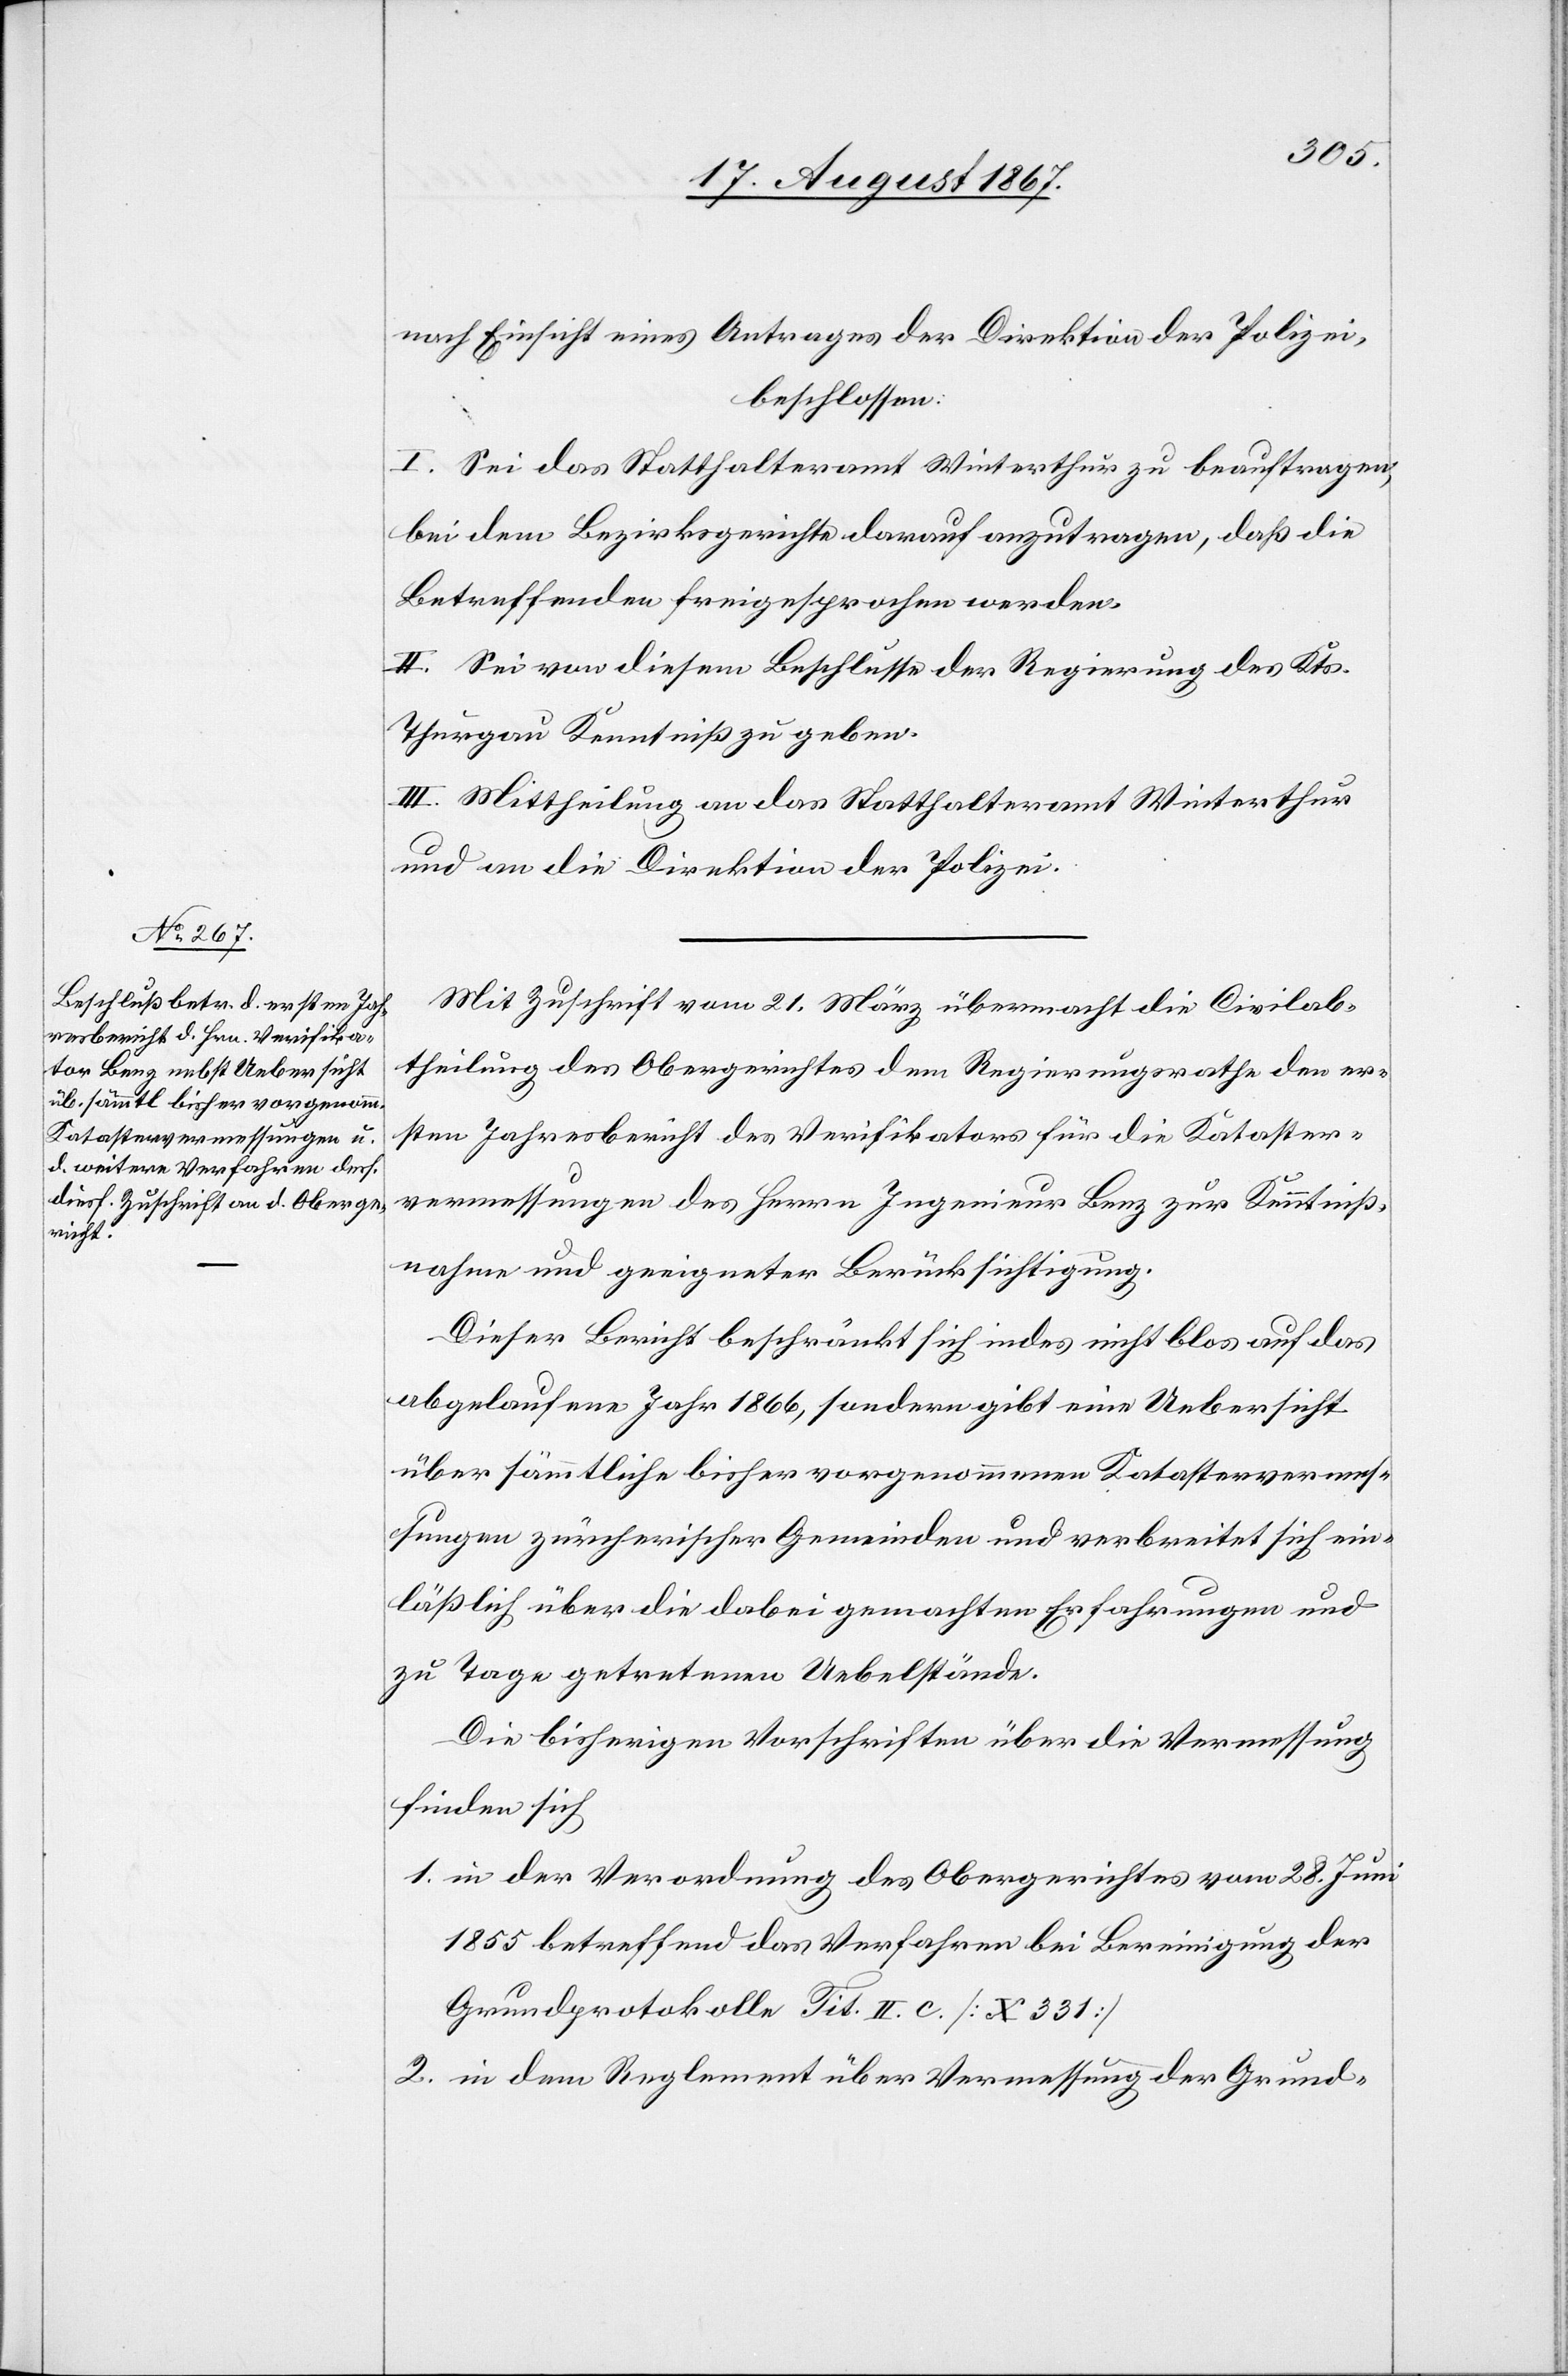
nach Einsicht eines Antrages der Direktion der Polizei,
beschlossen:
I. Sei das Statthalteramt Winterthur zu beauftragen,
bei dem Bezirksgerichte darauf anzutragen, daß die
Betreffenden freigesprochen werden.
II. Sei von diesem Beschlusse der Regierung des Kts.
Thurgau Kenntniß zu geben.
III. Mittheilung an das Statthalteramt Winterthur
und an die Direktion der Polizei.
Mit Zuschrift vom 21. März übermacht die Civilab¬
theilung des Obergerichtes dem Regierungsrathe den er¬
sten Jahresbericht des Verifikators für die Kataster¬
vermessungen des Herrn Ingenieur Benz zur Kenntniß¬
nahme und geeigneter Berücksichtigung.
Dieser Bericht beschränkt sich indes nicht blos auf das
abgelaufene Jahr 1866, sondern gibt eine Uebersicht
über sämmtliche bisher vorgenommenen Katastervermes¬
sungen zürcherischer Gemeinden und verbreitet sich ein¬
läßlich über die dabei gemachten Erfahrungen und
zu Tage getretenen Uebelstände.
Die bisherigen Vorschriften über die Vermessung
finden sich
1. in der Verordnung des Obergerichtes vom 28. Juni
1855 betreffend das Verfahren bei Bereinigung der
Grundprotokolle Tit. II. c. [X 331]
2. in dem Reglement über Vermessung der Grund-